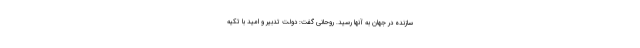
سازنده در جهان به آنها رسید. روحانی گفت: دولت تدبیر و امید با تکیه